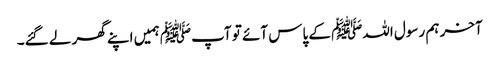
آخر ہم رسول اللہﷺ کے پاس آئے تو آپﷺ ہمیں اپنے گھر لے گئے۔